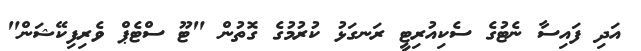
އަދި ފައިސާ ނެޓުގެ ސެކިއުރިޓީ ރަނގަޅު ކުރުމުގެ ގޮތުން "ޓޫ ސްޓެޕް ވެރިފިކޭޝަން"